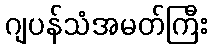
ဂျပန်သံအမတ်ကြီး